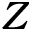
Z